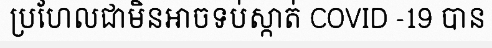
ប្រហែលជាមិនអាចទប់ស្កាត់ COVID -19 បាន